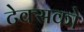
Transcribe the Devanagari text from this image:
टेक्सको